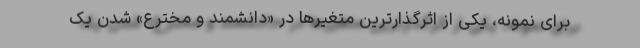
برای نمونه، یکی از اثرگذارترین متغیرها در «دانشمند و مخترع» شدن یک